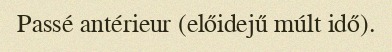
Passé antérieur (előidejű múlt idő).